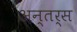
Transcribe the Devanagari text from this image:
अन्तर्स